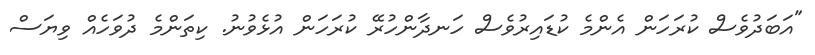
"އަބަދުވެސް ކުރަހަން އެންމެ ކުޑައިރުވެސް ހަނދާންހުރޭ ކުރަހަން އުޅެވުނު. ކިތަންމެ ދުވަހެއް ވިޔަސް